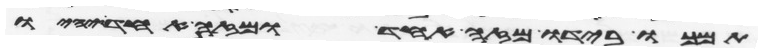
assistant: תמכו בידיו מזה אחד ומזה אחד ויהיו